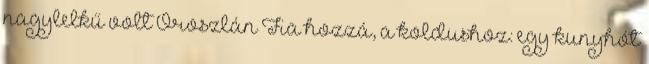
nagylelkű volt Oroszlán Fia hozzá, a koldushoz: egy kunyhót